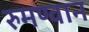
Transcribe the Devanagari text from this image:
रुमण्वान